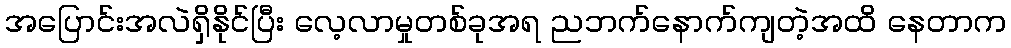
အပြောင်းအလဲရှိနိုင်ပြီး လေ့လာမှုတစ်ခုအရ ညဘက်နောက်ကျတဲ့အထိ နေတာက